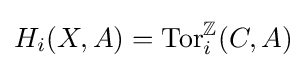
H_{i}(X,A)=\operatorname {Tor} _{i}^{\mathbb {Z} }(C,A)